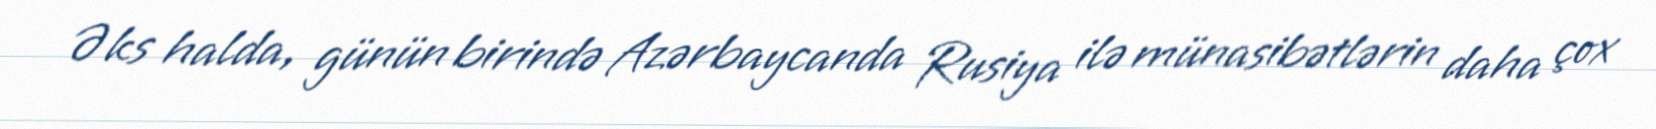
Əks halda, günün birində Azərbaycanda Rusiya ilə münasibətlərin daha çox